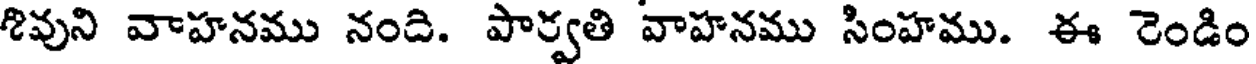
శివుని వాహనము నంది. పార్వతి వాహనము సింహము. ఈ రెండిం